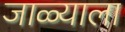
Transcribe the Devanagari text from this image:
जाळ्याला